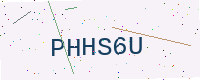
Text: PHHS6U